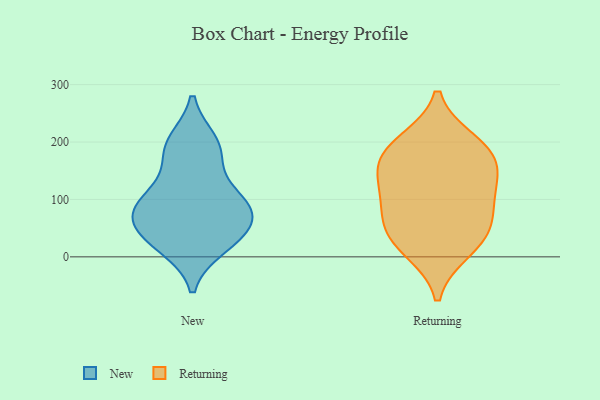
{"axis": {"x": "Tickets Resolved", "y": "Value"}, "legend": ["New", "Returning"], "data": [{"x": "", "y": 19, "type": "New"}, {"x": "", "y": 96, "type": "New"}, {"x": "", "y": 36, "type": "New"}, {"x": "", "y": 28, "type": "New"}, {"x": "", "y": 199, "type": "New"}, {"x": "", "y": 178, "type": "New"}, {"x": "", "y": 66, "type": "New"}, {"x": "", "y": 103, "type": "New"}, {"x": "", "y": 191, "type": "New"}, {"x": "", "y": 62, "type": "New"}, {"x": "", "y": 104, "type": "New"}, {"x": "", "y": 77, "type": "New"}, {"x": "", "y": 184, "type": "Returning"}, {"x": "", "y": 199, "type": "Returning"}, {"x": "", "y": 106, "type": "Returning"}, {"x": "", "y": 13, "type": "Returning"}, {"x": "", "y": 174, "type": "Returning"}, {"x": "", "y": 34, "type": "Returning"}, {"x": "", "y": 75, "type": "Returning"}, {"x": "", "y": 47, "type": "Returning"}, {"x": "", "y": 152, "type": "Returning"}, {"x": "", "y": 122, "type": "Returning"}]}